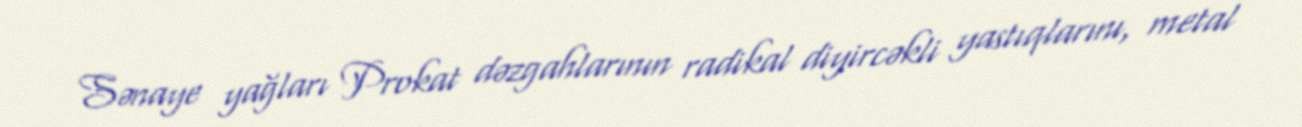
Sənaye yağları Prokat dəzgahlarının radikal diyircəkli yastıqlarını, metal